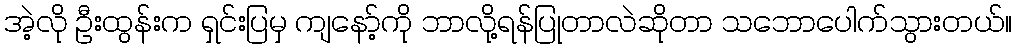
အဲ့လို ဦးထွန်းက ရှင်းပြမှ ကျနော့်ကို ဘာလို့ရန်ပြုတာလဲဆိုတာ သဘောပေါက်သွားတယ်။